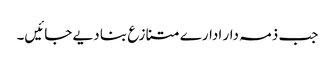
جب ذمہ دار ادارے متنازع بنا دیے جائیں۔